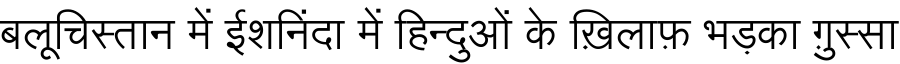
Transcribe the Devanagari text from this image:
बलूचिस्तान में ईशनिंदा में हिन्दुओं के ख़िलाफ़ भड़का ग़ुस्सा